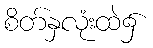
စိတ်နှလုံးထဲ၌